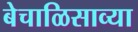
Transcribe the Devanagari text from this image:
बेचाळिसाव्या